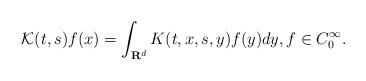
\begin{align*}\mathcal{K}(t,s)f(x)=\int_{\mathbf{R}^{d}}K(t,x,s,y)f(y)dy, f \in C_0^\infty.\end{align*}